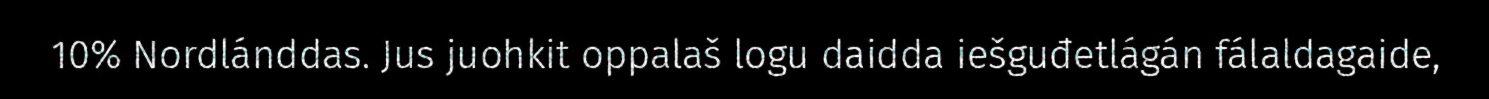
10% Nordlánddas. Jus juohkit oppalaš logu daidda iešguđetlágán fálaldagaide,